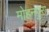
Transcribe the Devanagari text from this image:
मोहनपुरा